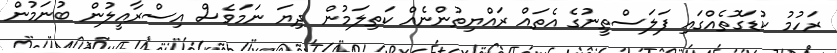
ރަހުމު ކުޑަގޮތެއްގައި ފަލަސްތީނުގެ އެތައް ރައްޔިތުންނެއް ކަތިލަމުން ދިޔަ ނަމަވެސް އިސްރާއީލުން ބުނަމުން